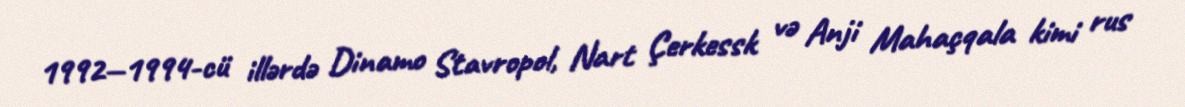
1992—1994-cü illərdə Dinamo Stavropol, Nart Çerkessk və Anji Mahaçqala kimi rus